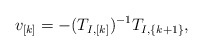
\begin{align*} v_{[k]} = -(T_{I,[k]})^{-1} T_{I,\{k+1\}}, \end{align*}